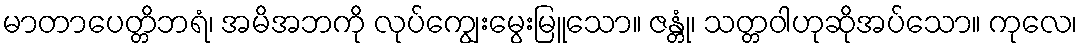
မာတာပေတ္တိဘရံ၊ အမိအဘကို လုပ်ကျွေးမွေးမြူသော။ ဇန္တုံ၊ သတ္တဝါဟုဆိုအပ်သော။ ကုလေ၊